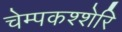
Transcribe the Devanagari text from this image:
चेम्पकश्शेरि